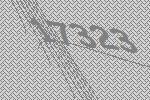
17323